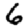
Digit: 6